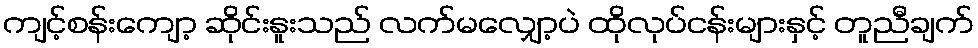
ကျင့်စန်းကျော့ ဆိုင်းနူးသည် လက်မလျှော့ပဲ ထိုလုပ်ငန်းများနှင့် တူညီချက်